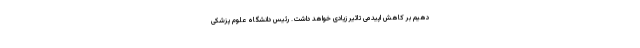
دهیم بر کاهش اپیدمی تاثیر زیادی خواهد داشت. رئیس دانشگاه علوم پزشکی